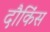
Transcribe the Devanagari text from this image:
दौकिंस